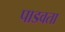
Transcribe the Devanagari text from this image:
पाडवता